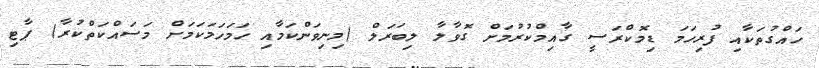
ހައްގުތަކާއި ފުރިހަމަ ޑިމޮކްރަސީ ގާއިމްކުރުމަށް ގޮވާލާ ލިބަރަލް (މިނިވަންކަމާއި ހަމަހަމަކަމަށް މަސައްކަތްކުރާ) ޕާޓި